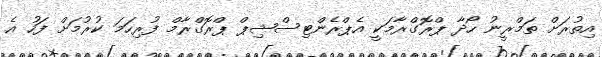
އިތުރަށް ތަމްރީނު ހޯދާ ޕްރޮގްރާމަކީ އެޕްރެންޓިސްޝިޕް ޕްރޮގްރާމް ފުރިހަމަ ކުރުމަށް ފަހު އެ